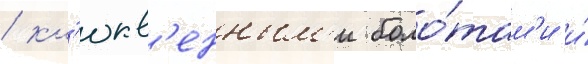
/ кл'юкв'енным'и боло́там'и и́